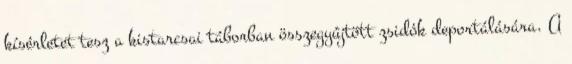
kísérletet tesz a kistarcsai táborban összegyûjtött zsidók deportálására. A